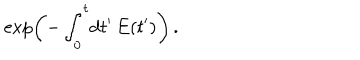
LaTeX: \exp \left( - \int _ { 0 } ^ { t } \! \mathrm { d } t ^ { \prime } \, E ( t ^ { \prime } ) \right) \, .